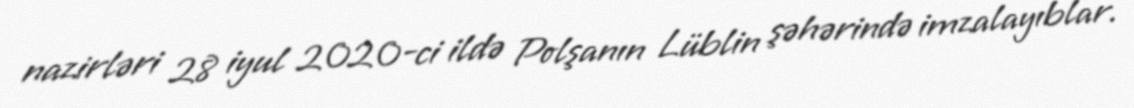
nazirləri 28 iyul 2020-ci ildə Polşanın Lüblin şəhərində imzalayıblar.